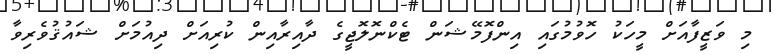
މި ވަޒީފާއަށް މީހަކު ހޮވުމުގައި އިންފޮމޭޝަން ޓެކްނޮލޮޖީގެ ދާއިރާއިން ކުރިއަށް ދިއުމަށް ޝައުޤުވެރިވާ